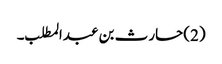
(2)حارث بن عبدالمطلب ۔